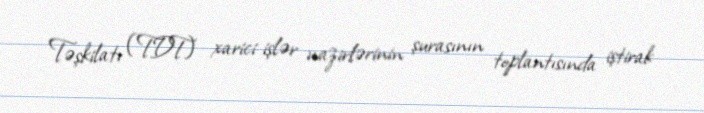
Təşkilatı (TDT) xarici işlər nazirlərinin şurasının toplantısında iştirak